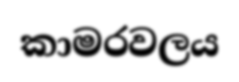
කාමරවලය